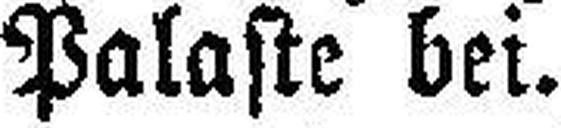
Palaste bei.